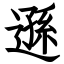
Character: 遜